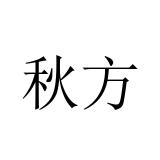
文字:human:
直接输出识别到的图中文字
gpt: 秋方